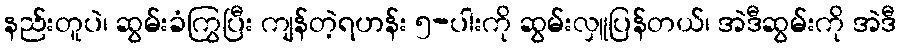
နည်းတူပဲ၊ ဆွမ်းခံကြွပြီး ကျန်တဲ့ရဟန်း ၅-ပါးကို ဆွမ်းလှူပြန်တယ်၊ အဲဒီဆွမ်းကို အဲဒီ